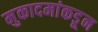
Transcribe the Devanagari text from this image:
मुकादमांकडून